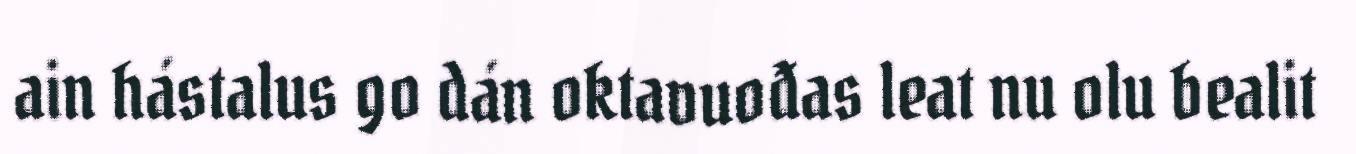
ain hástalus go dán oktavuođas leat nu olu bealit